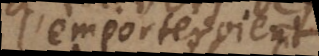
emporteroient